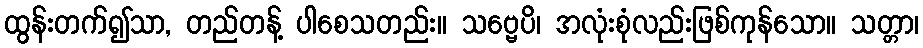
ထွန်းတက်၍သာ, တည်တန့် ပါစေသတည်း။ သဗ္ဗေပိ၊ အလုံးစုံလည်းဖြစ်ကုန်သော။ သတ္တာ၊